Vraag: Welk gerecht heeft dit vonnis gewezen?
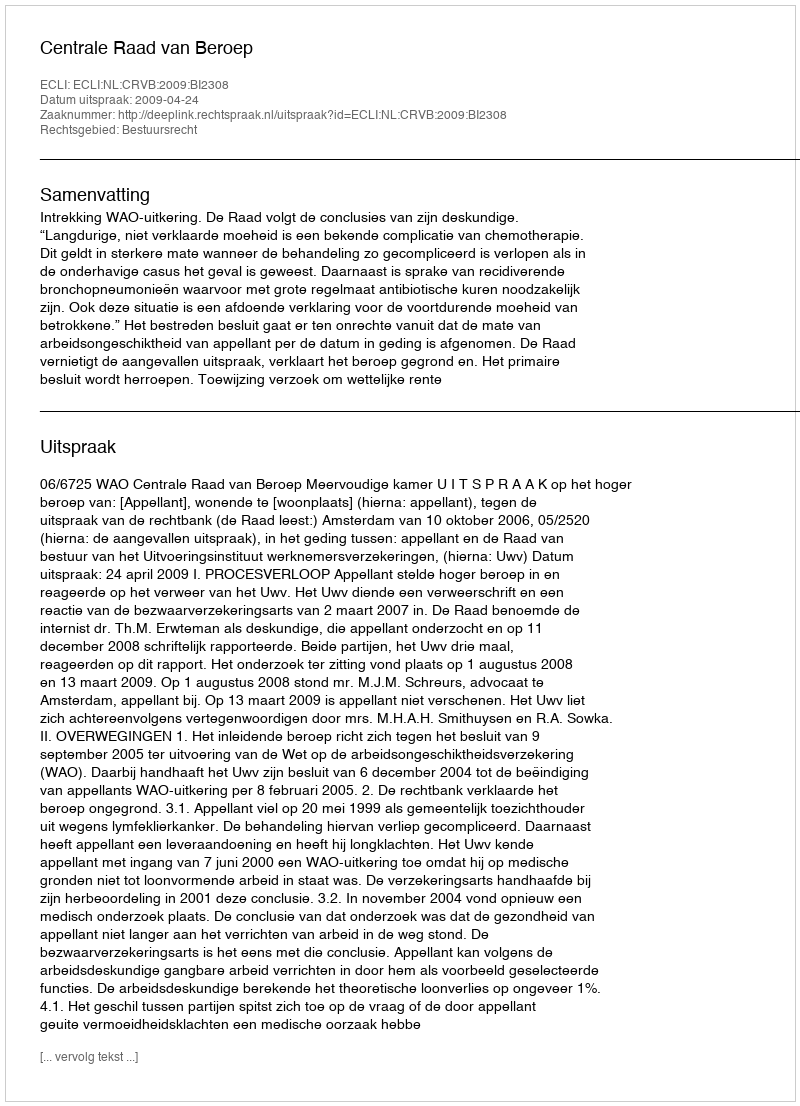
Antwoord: Centrale Raad van Beroep